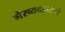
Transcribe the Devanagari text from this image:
गैरव्यवहाराची